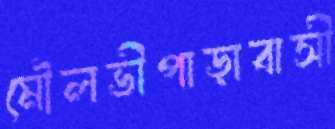
মৌলভীপাড়াবাসী